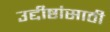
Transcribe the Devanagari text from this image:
उद्दीष्टांसाठी